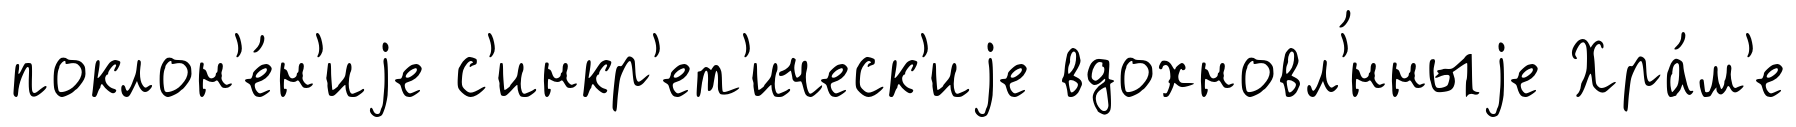
поклон'е́н'иjе с'инкр'ет'ическ'иjе вдохновл'́нныjе Хра́м'е